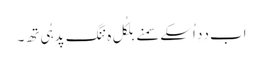
اَب دِدِ اُسکے سمنے بِلکُل ہِ ننگِ پدِ ہُیِ تھِ۔